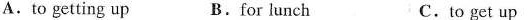
A.to getting up B.for lunch C.to get up